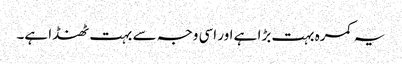
یہ کمرہ بہت بڑا ہے اور اسی وجہ سے بہت ٹھنڈا ہے۔